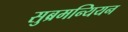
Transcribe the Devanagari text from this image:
सुब्रमन्यियन